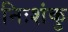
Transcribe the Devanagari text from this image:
निःशंकु